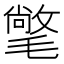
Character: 氅